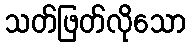
သတ်ဖြတ်လိုသော